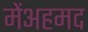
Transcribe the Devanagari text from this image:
मेंअहमद